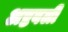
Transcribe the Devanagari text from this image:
अष्टबली